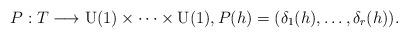
LaTeX: \begin{align*}P:T\longrightarrow\mathrm{U}(1)\times\cdots\times\mathrm{U}(1),P(h)=(\delta_1(h),\ldots,\delta_r(h)).\end{align*}